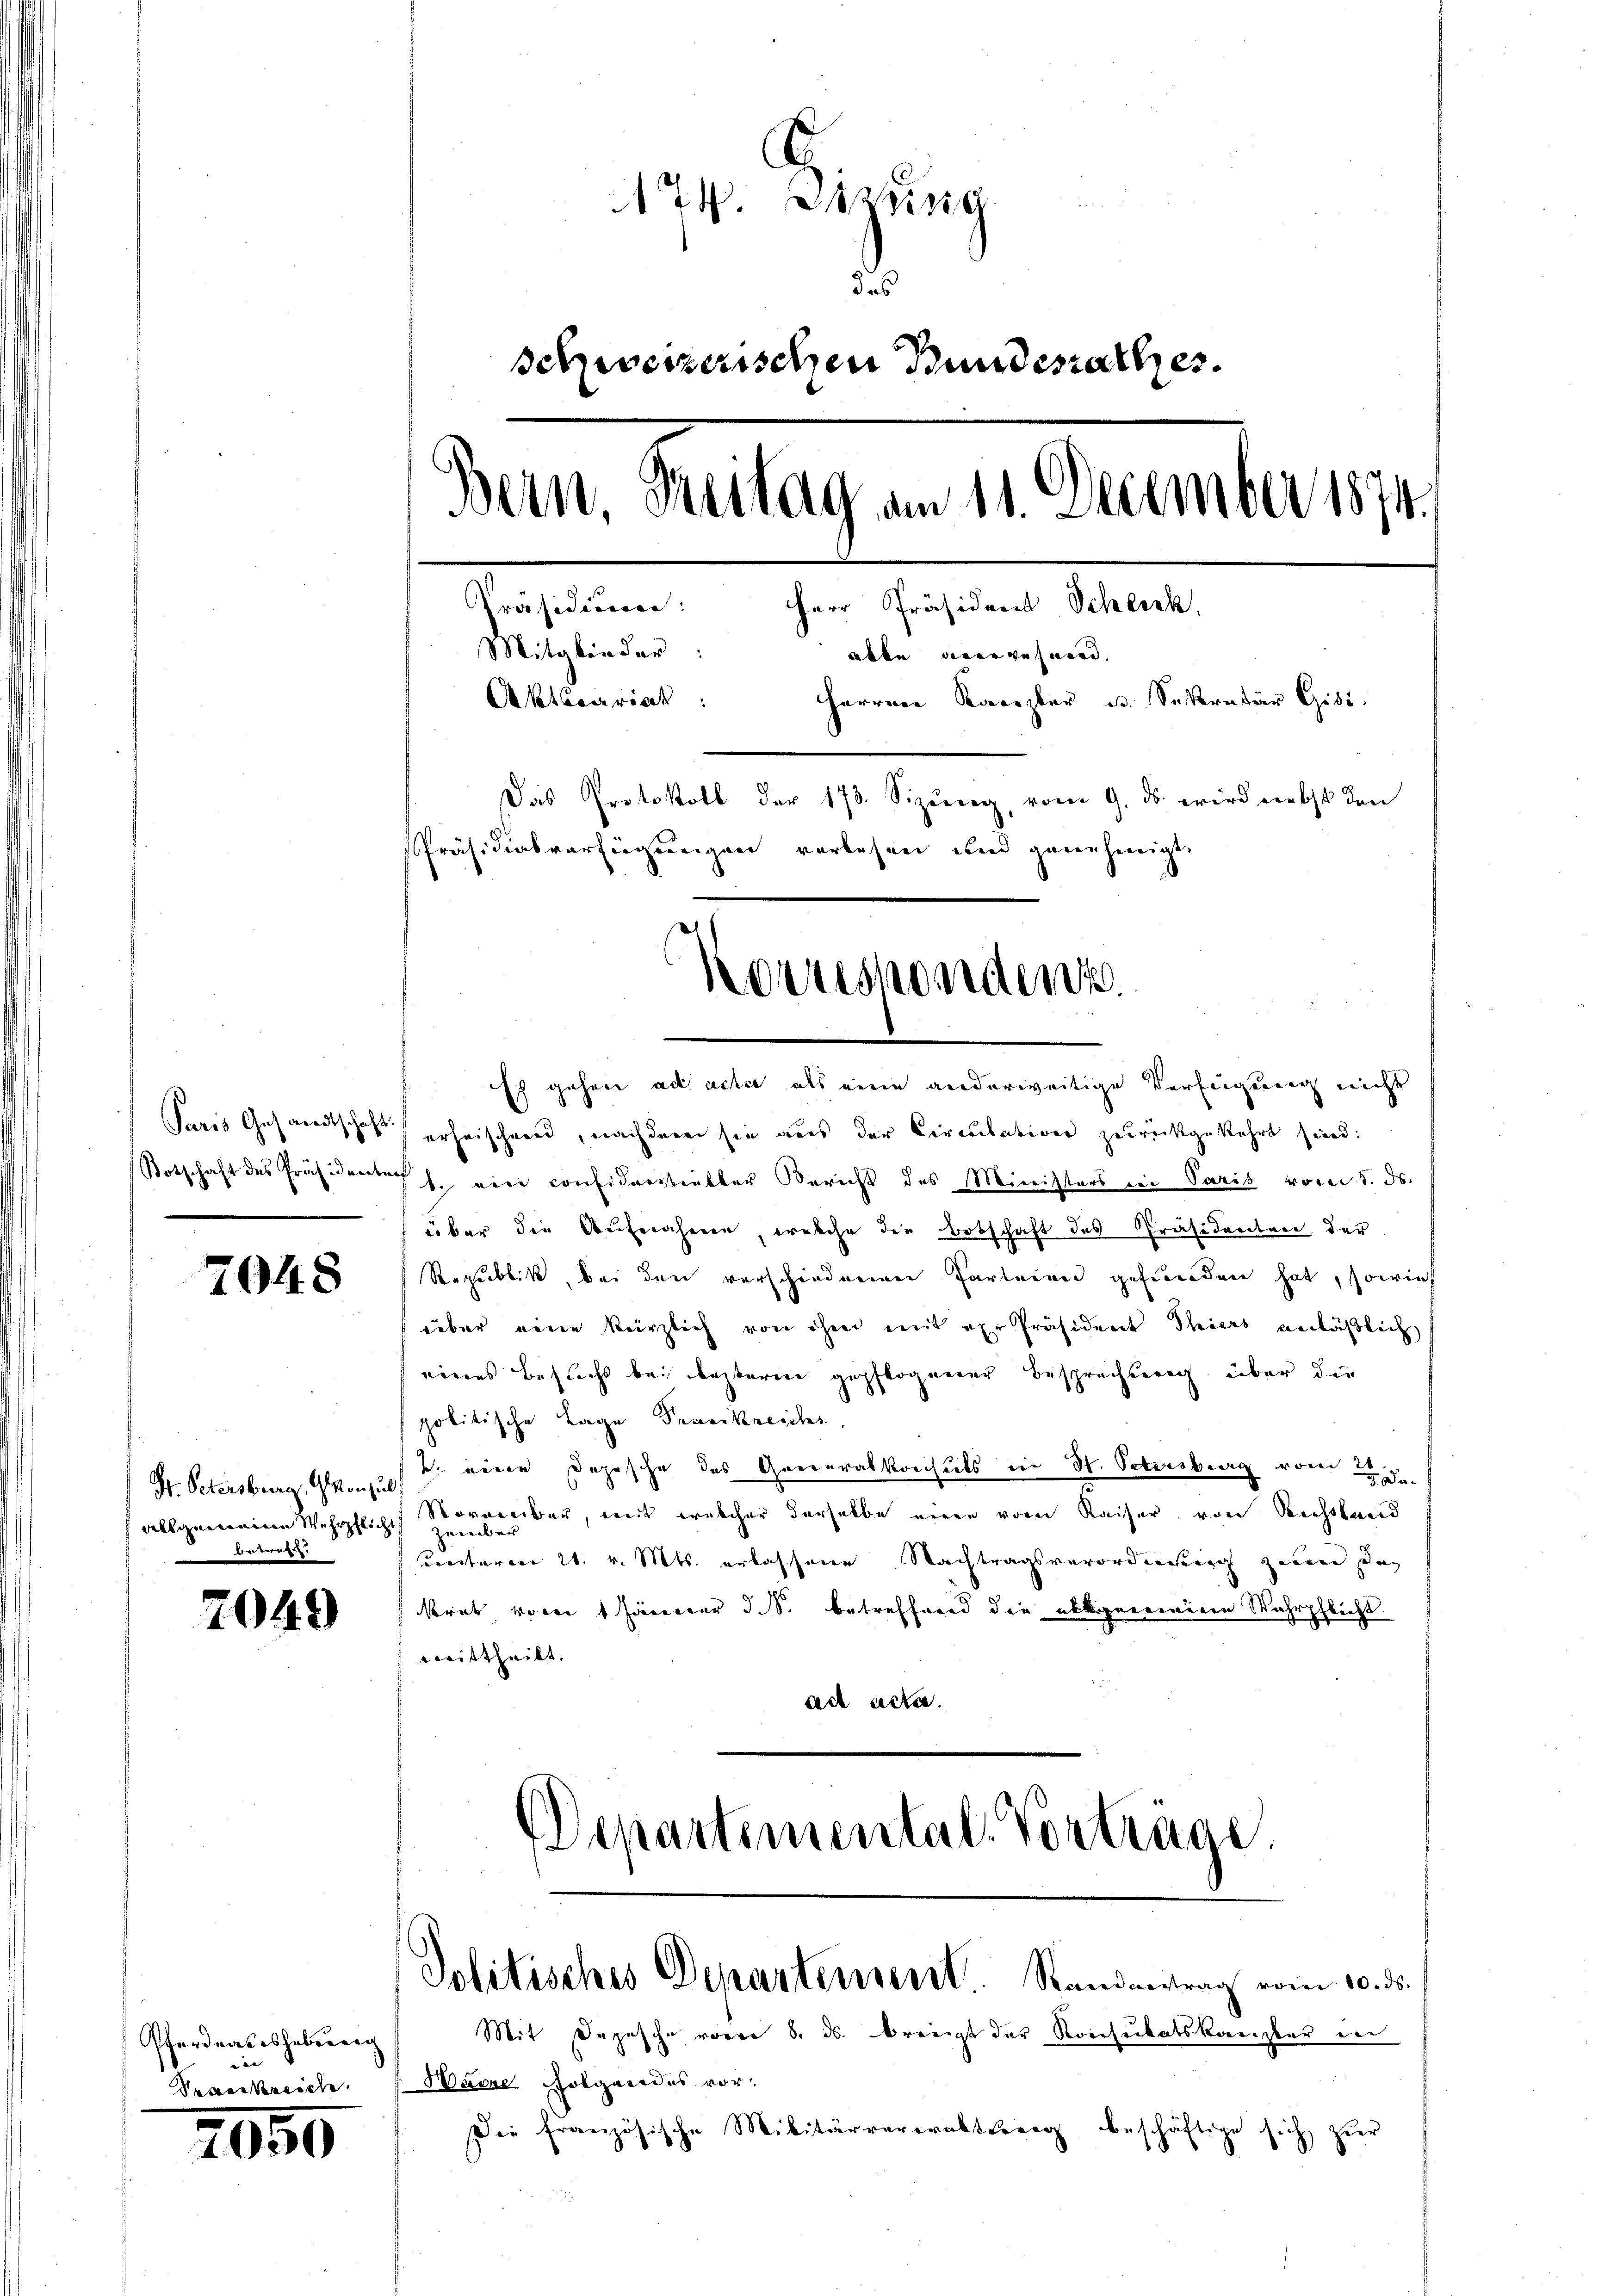
7048

Be

7049

Pferdeaseshebenrec
n
Severkereich

2950

E
A 74. Diezing
das
schweizerischen Bundesrathes.
Bern, Zulag am 11. December 1874.
Pestalten
Herr Präsident Schluck,
Mitglieder:
alle angewesen.
Aktserrich: Herren Kanzler u. Sekretär Gisi
Das Protokoll der 173. Sizung, vom 9. ds. wird nebst den
Präsidialverfügungen verlesen und genehmigt.

Es gehen ad acte als eine anderweitige Verfügung nicht
d
Paris Gesandtschaft erheischend, nachdem sie aus der Circulation zurückgekehrt sind:
Botschaft des Präsidentes h. eine considerstrebter Bericht des Ministers in Paris vom 5. ds.
über die Aufnäheren, welche die Botschaft des Präsidenten der
Republik, bei den verschiedenen Parteien gefunden hat, sowies
über eine kürzlich von hier mit er Präsident Thiers anläßlich
eines Besucht bei besterm gepflogener Besprechung über die
politische Lage Praenkreichs,
Hr. Petersburg, Glarus eine Depesche des Generalkonsuls in St. Petersberg vom 22. De
allgemeine Wehrpflichts Vormenber, mit welcher derselbe einen vom Kaiser, von Rechtland
zember
ereitaren 21. v. Mts. erlassenen Nachtragsverorderung zween daz
kret vom 1 Jänner d. S. betreffend die abgereinigen Wehrpflicht
mittheilt.
ach acte.

Korrespondenz.

DDepartemental-Vorträge.

Politisches Departement. Randantrag vom 10. ds.
Mit Depesche voren 8. ds. breit der Konsulatskanzler in

Haere Folgendes vor¬
Die französische Militärverwaltberg beschäftige sich zur